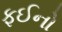
ફઈનો